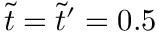
\tilde { t } = \tilde { t } ^ { \prime } = 0 . 5